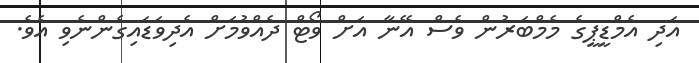
އަދި އެމްޑީޕީގެ މެމްބަރުން ވެސް އޭނާ އަށް ވޯޓް ދެއްވުމަށް އެދިވަޑައިގެންނެވި އެވެ.